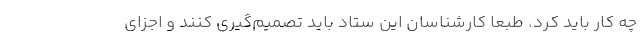
چه کار باید کرد، طبعاً کارشناسان این ستاد باید تصمیم‌گیری کنند و اجزای